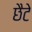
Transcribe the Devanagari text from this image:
छैटे